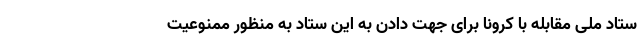
ستاد ملی مقابله با کرونا برای جهت دادن به این ستاد به‌ منظور ممنوعیت